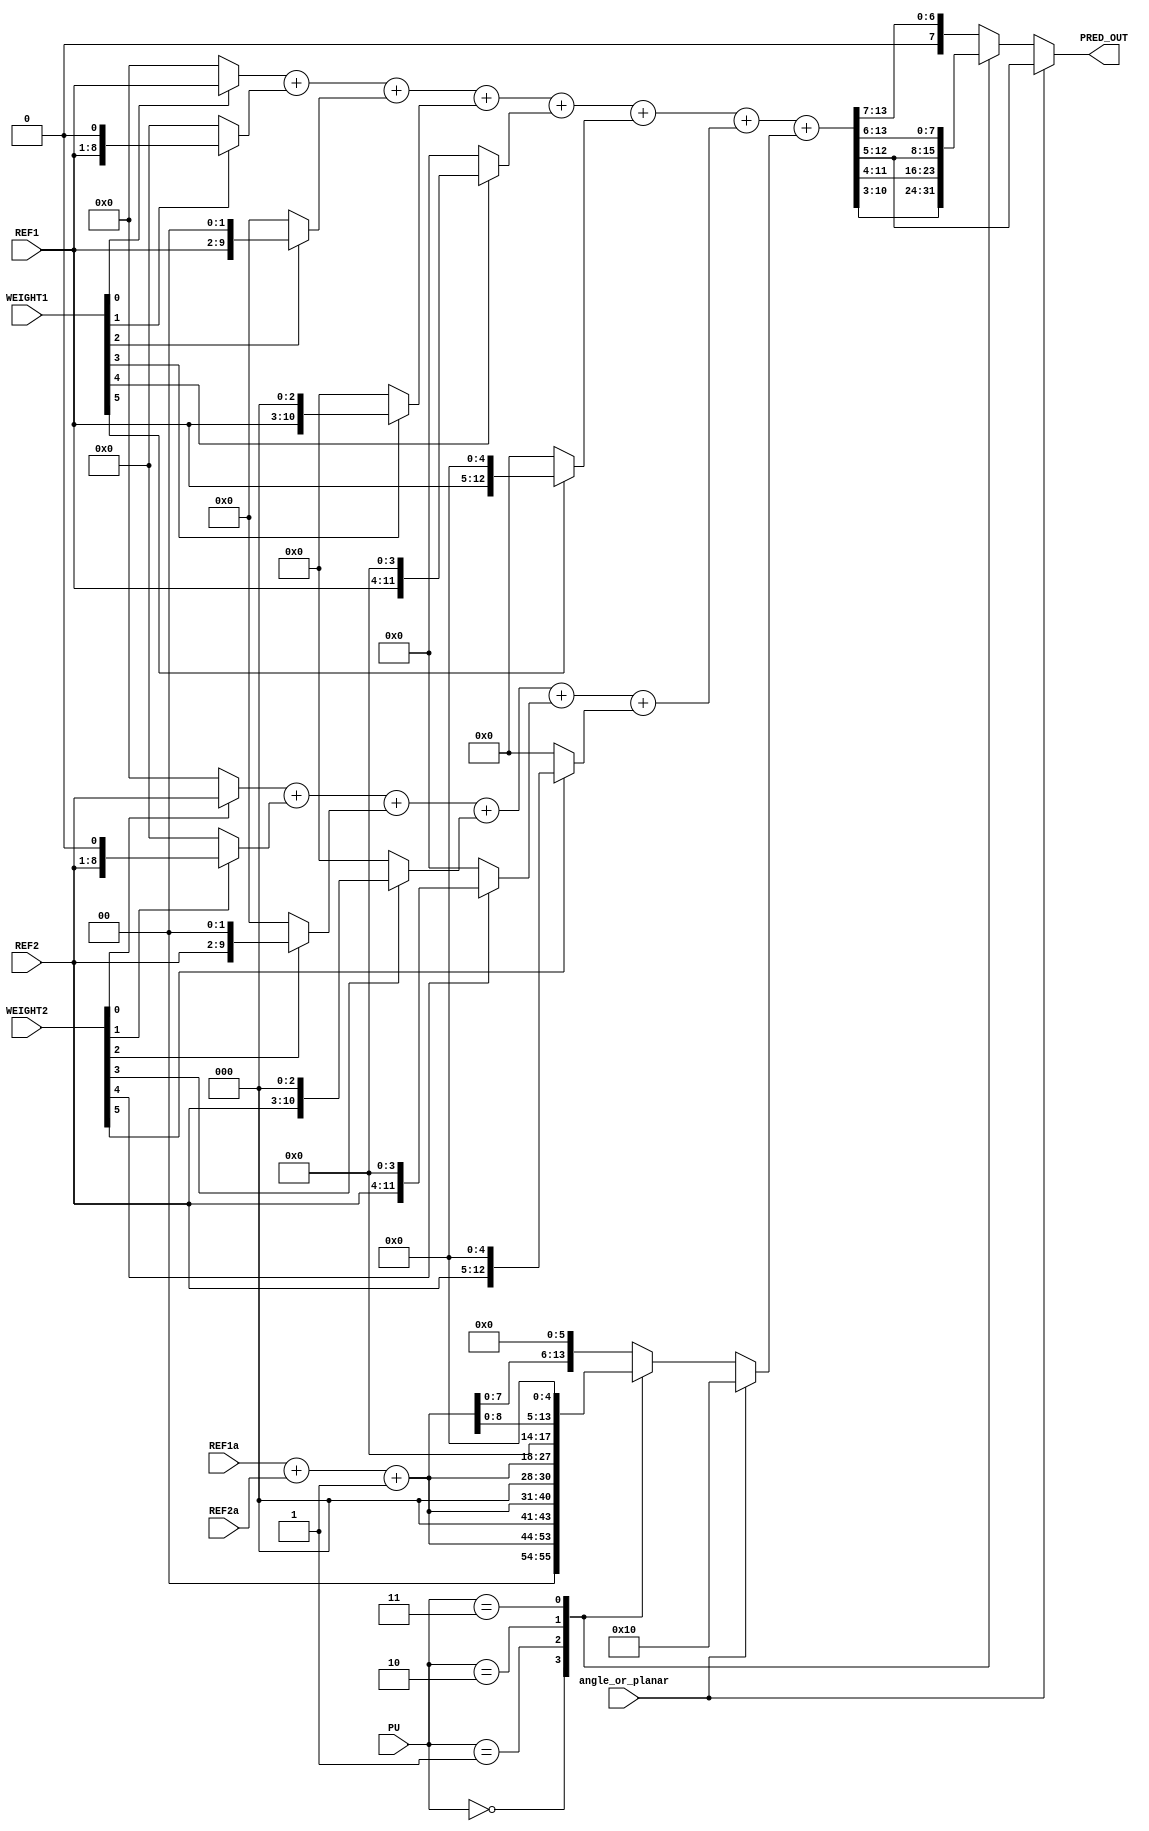
/*
	
	
*/
module PRED_UNIT
(
	input [2:0] PU,
	input angle_or_planar,
	input	[7:0]	WEIGHT1,
	input [7:0] WEIGHT2,
	
	input	[7:0]	REF1,
	input [7:0]	REF2,
	
	input [7:0] REF1a,
	input [7:0] REF2a,
	
	output [7:0] PRED_OUT
);

/*
	
	1
*/
	//REF1
	wire [13:0]	REF1_0,REF1_1,REF1_2,REF1_3,REF1_4,REF1_5;
	wire [13:0]	REF1_MUX0,REF1_MUX1,REF1_MUX2,REF1_MUX3,REF1_MUX4,REF1_MUX5;
	wire [13:0]	REF1_MUL;
	
	assign REF1_0 = {6'd0,REF1};
	assign REF1_1 = {5'd0,REF1,1'd0};
	assign REF1_2 = {4'd0,REF1,2'd0};
	assign REF1_3 = {3'd0,REF1,3'd0};
	assign REF1_4 = {2'd0,REF1,4'd0};
	assign REF1_5 = {1'd0,REF1,5'd0};
	
	assign REF1_MUX0 = WEIGHT1[0]==1 ? REF1_0 : 14'd0;
	assign REF1_MUX1 = WEIGHT1[1]==1 ? REF1_1 : 14'd0;
	assign REF1_MUX2 = WEIGHT1[2]==1 ? REF1_2 : 14'd0;
	assign REF1_MUX3 = WEIGHT1[3]==1 ? REF1_3 : 14'd0;
	assign REF1_MUX4 = WEIGHT1[4]==1 ? REF1_4 : 14'd0;
	assign REF1_MUX5 = WEIGHT1[5]==1 ? REF1_5 : 14'd0;
	
	assign REF1_MUL = REF1_MUX0 + REF1_MUX1 + REF1_MUX2 + REF1_MUX3 + REF1_MUX4 + REF1_MUX5;
	
	//REF2
	wire [13:0]	REF2_0,REF2_1,REF2_2,REF2_3,REF2_4,REF2_5;
	wire [13:0]	REF2_MUX0,REF2_MUX1,REF2_MUX2,REF2_MUX3,REF2_MUX4,REF2_MUX5;
	wire [13:0]	REF2_MUL;
	
	assign REF2_0 = {6'd0,REF2};
	assign REF2_1 = {5'd0,REF2,1'd0};
	assign REF2_2 = {4'd0,REF2,2'd0};
	assign REF2_3 = {3'd0,REF2,3'd0};
	assign REF2_4 = {2'd0,REF2,4'd0};
	assign REF2_5 = {1'd0,REF2,5'd0};
	
	assign REF2_MUX0 = WEIGHT2[0]==1 ? REF2_0 : 14'd0;
	assign REF2_MUX1 = WEIGHT2[1]==1 ? REF2_1 : 14'd0;
	assign REF2_MUX2 = WEIGHT2[2]==1 ? REF2_2 : 14'd0;
	assign REF2_MUX3 = WEIGHT2[3]==1 ? REF2_3 : 14'd0;
	assign REF2_MUX4 = WEIGHT2[4]==1 ? REF2_4 : 14'd0;
	assign REF2_MUX5 = WEIGHT2[5]==1 ? REF2_5 : 14'd0;
	
	assign REF2_MUL = REF2_MUX0 + REF2_MUX1 + REF2_MUX2 + REF2_MUX3 + REF2_MUX4 + REF2_MUX5;
	
/*
	PLANAR
*/
	reg [13:0]	N;
	always @(PU or angle_or_planar or REF1 or REF2 or REF1a or REF2a)
	begin
		if(angle_or_planar==1'b1)
		begin
			N = 14'd16;
		end
		else
		case(PU)
			3'd0:
			begin
				N = ({6'd0,REF1a} + {6'd0,REF2a} + 14'd1)<<2;
			end
			3'd1:
			begin
				N = ({6'd0,REF1a} + {6'd0,REF2a} + 14'd1)<<3;
			end
			3'd2:
			begin
				N = ({6'd0,REF1a} + {6'd0,REF2a} + 14'd1)<<4;
			end
			3'd3:
			begin
				N = ({6'd0,REF1a} + {6'd0,REF2a} + 14'd1)<<5;
			end
			default:
			begin
				N = ({6'd0,REF1a} + {6'd0,REF2a} + 14'd1)<<6;
			end
		endcase
	end
	
	reg [13:0] pred_out_buf;
	
	always @(PU or angle_or_planar or REF1_MUL or REF2_MUL or N)
	begin
		if(angle_or_planar==1'b1)
		begin
			pred_out_buf = (REF1_MUL + REF2_MUL + N)>>5;
		end
		else
		begin
			case(PU)
				3'd0:
				begin
					pred_out_buf = (REF1_MUL + REF2_MUL + N)>>3;
				end
				3'd1:
				begin
					pred_out_buf = (REF1_MUL + REF2_MUL + N)>>4;
				end
				3'd2:
				begin
					pred_out_buf = (REF1_MUL + REF2_MUL + N)>>5;
				end
				3'd3:
				begin
					pred_out_buf = (REF1_MUL + REF2_MUL + N)>>6;
				end
				default:
				begin
					pred_out_buf = (REF1_MUL + REF2_MUL + N)>>7;
				end
			endcase
		end
	end

	
	assign PRED_OUT = pred_out_buf[7:0];
	
endmodule